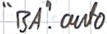
Text: "BA".auto